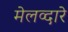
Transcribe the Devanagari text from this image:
मेलव्दारे